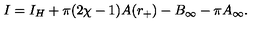
I = I _ { H } + \pi ( 2 \chi - 1 ) A ( r _ { + } ) - B _ { \infty } - \pi A _ { \infty } .